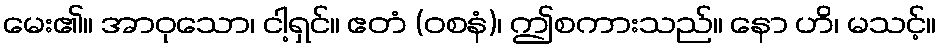
မေး၏။ အာဝုသော၊ ငါ့ရှင်။ ဧတံ (ဝစနံ)၊ ဤစကားသည်။ နော ဟိ၊ မသင့်။